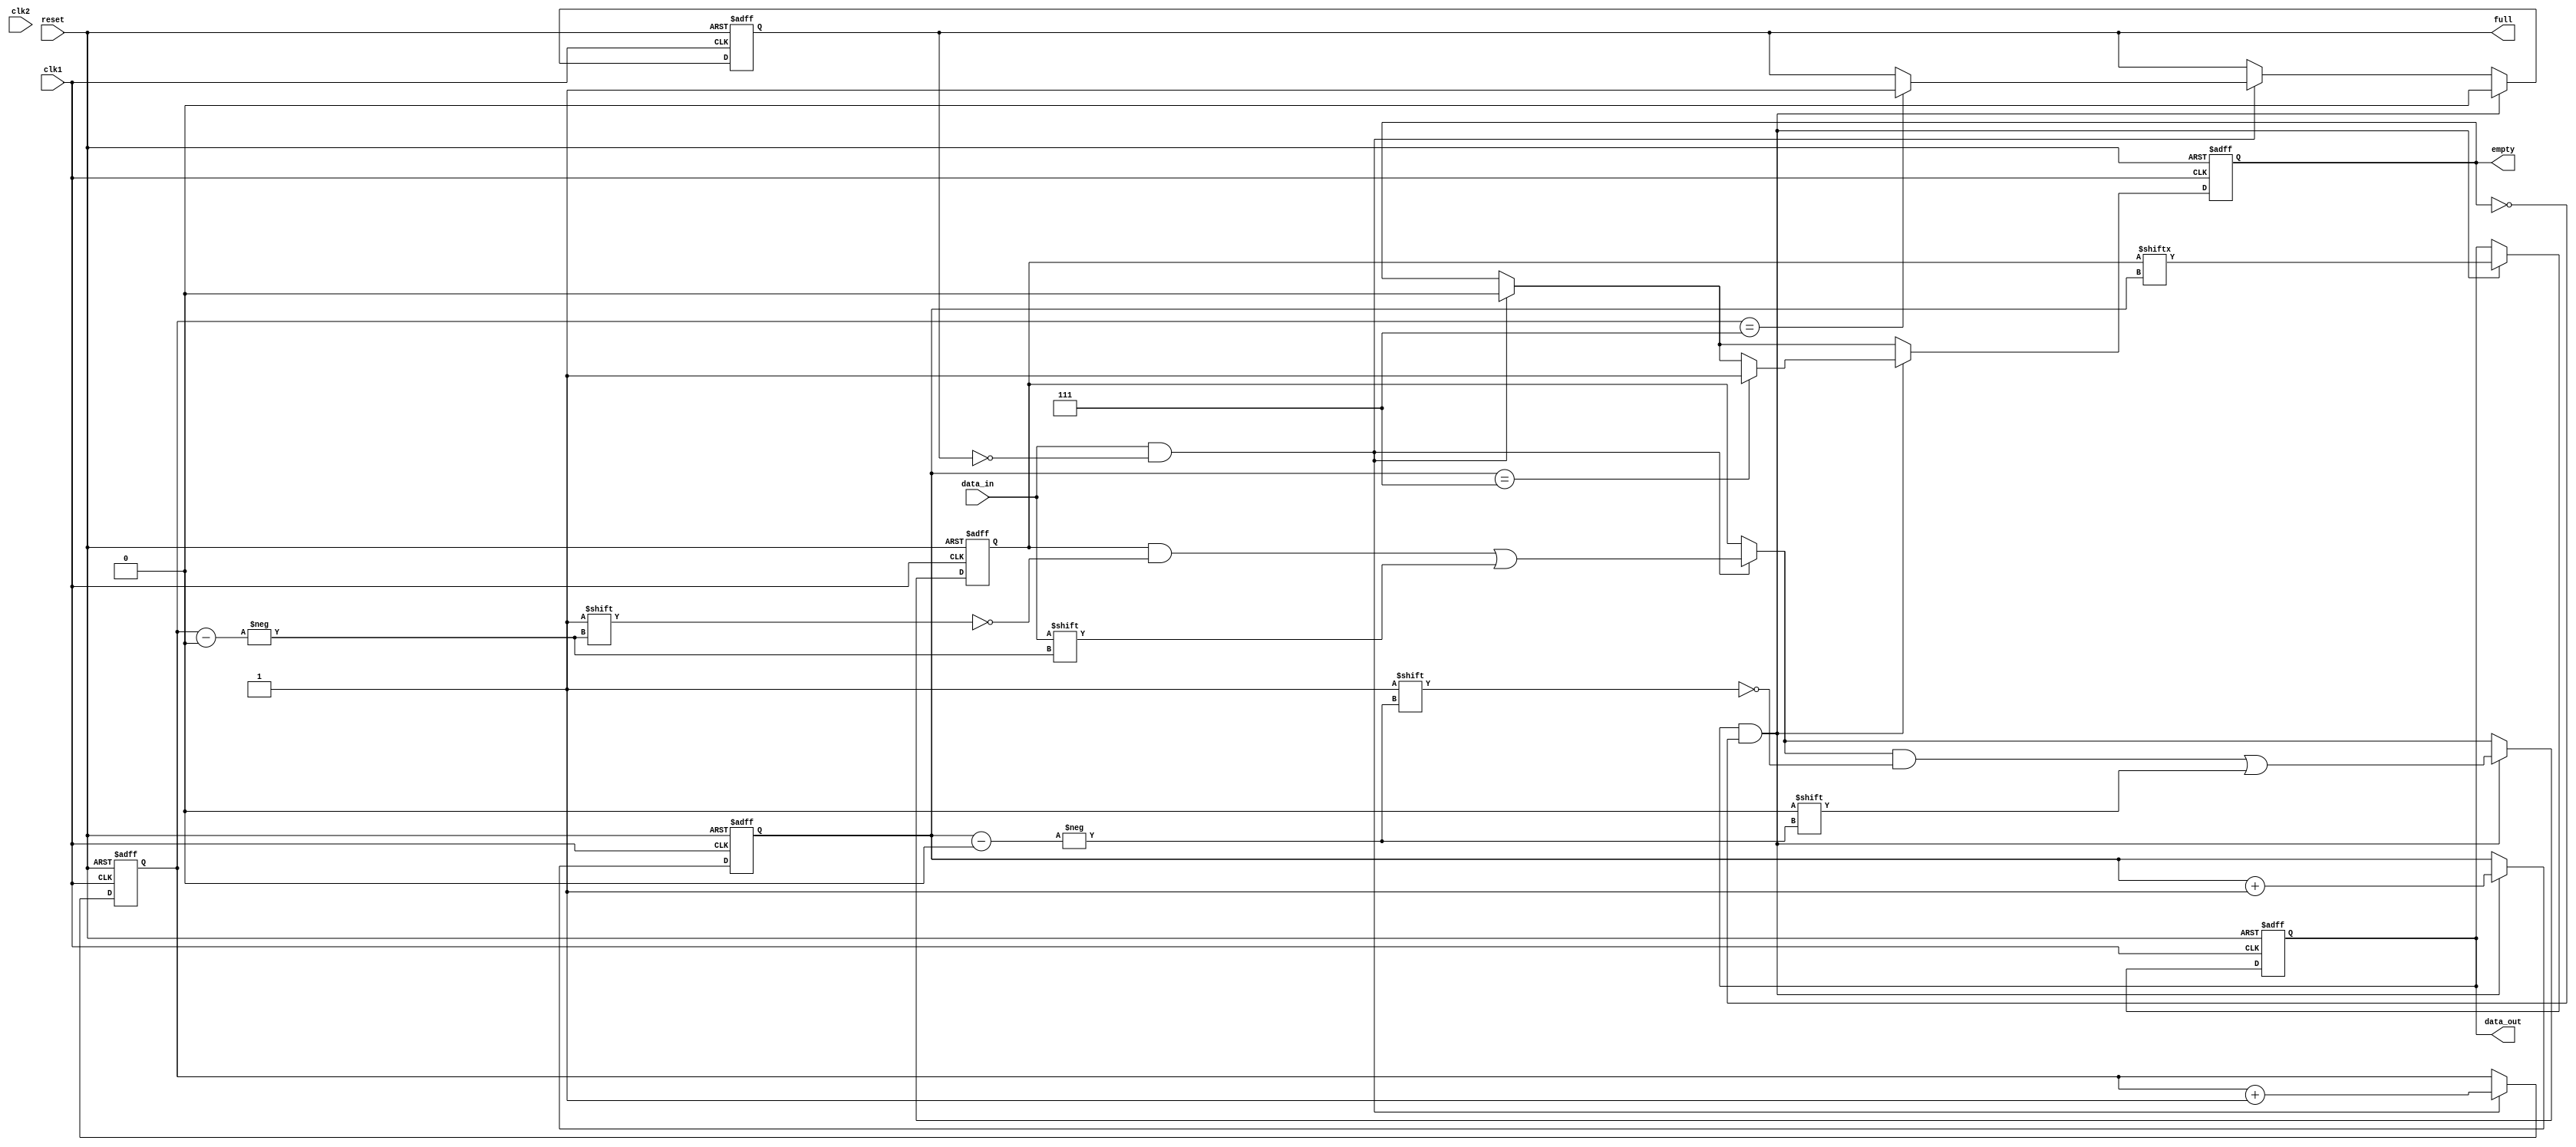
module level_sensitive_fifo (
    input wire clk1,
    input wire clk2,
    input wire reset,
    input wire data_in,
    output reg data_out,
    output reg full,
    output reg empty
);

reg [7:0] buffer;
reg [2:0] read_ptr;
reg [2:0] write_ptr;

always @ (posedge clk1 or posedge reset) begin
    if (reset) begin
        buffer <= 8'h00;
        read_ptr <= 3'b000;
        write_ptr <= 3'b000;
        full <= 1'b0;
        empty <= 1'b1;
        data_out <= 1'b0;
    end else begin
        if (data_in && !full) begin
            buffer[write_ptr] <= data_in;
            write_ptr <= write_ptr + 1;
            if (write_ptr == 3'b111) begin
                full <= 1'b1;
            end
            empty <= 1'b0;
        end
        if (data_out && !empty) begin
            data_out <= buffer[read_ptr];
            buffer[read_ptr] <= 8'h00;
            read_ptr <= read_ptr + 1;
            if (read_ptr == 3'b111) begin
                empty <= 1'b1;
            end
            full <= 1'b0;
        end
    end
end

endmodule